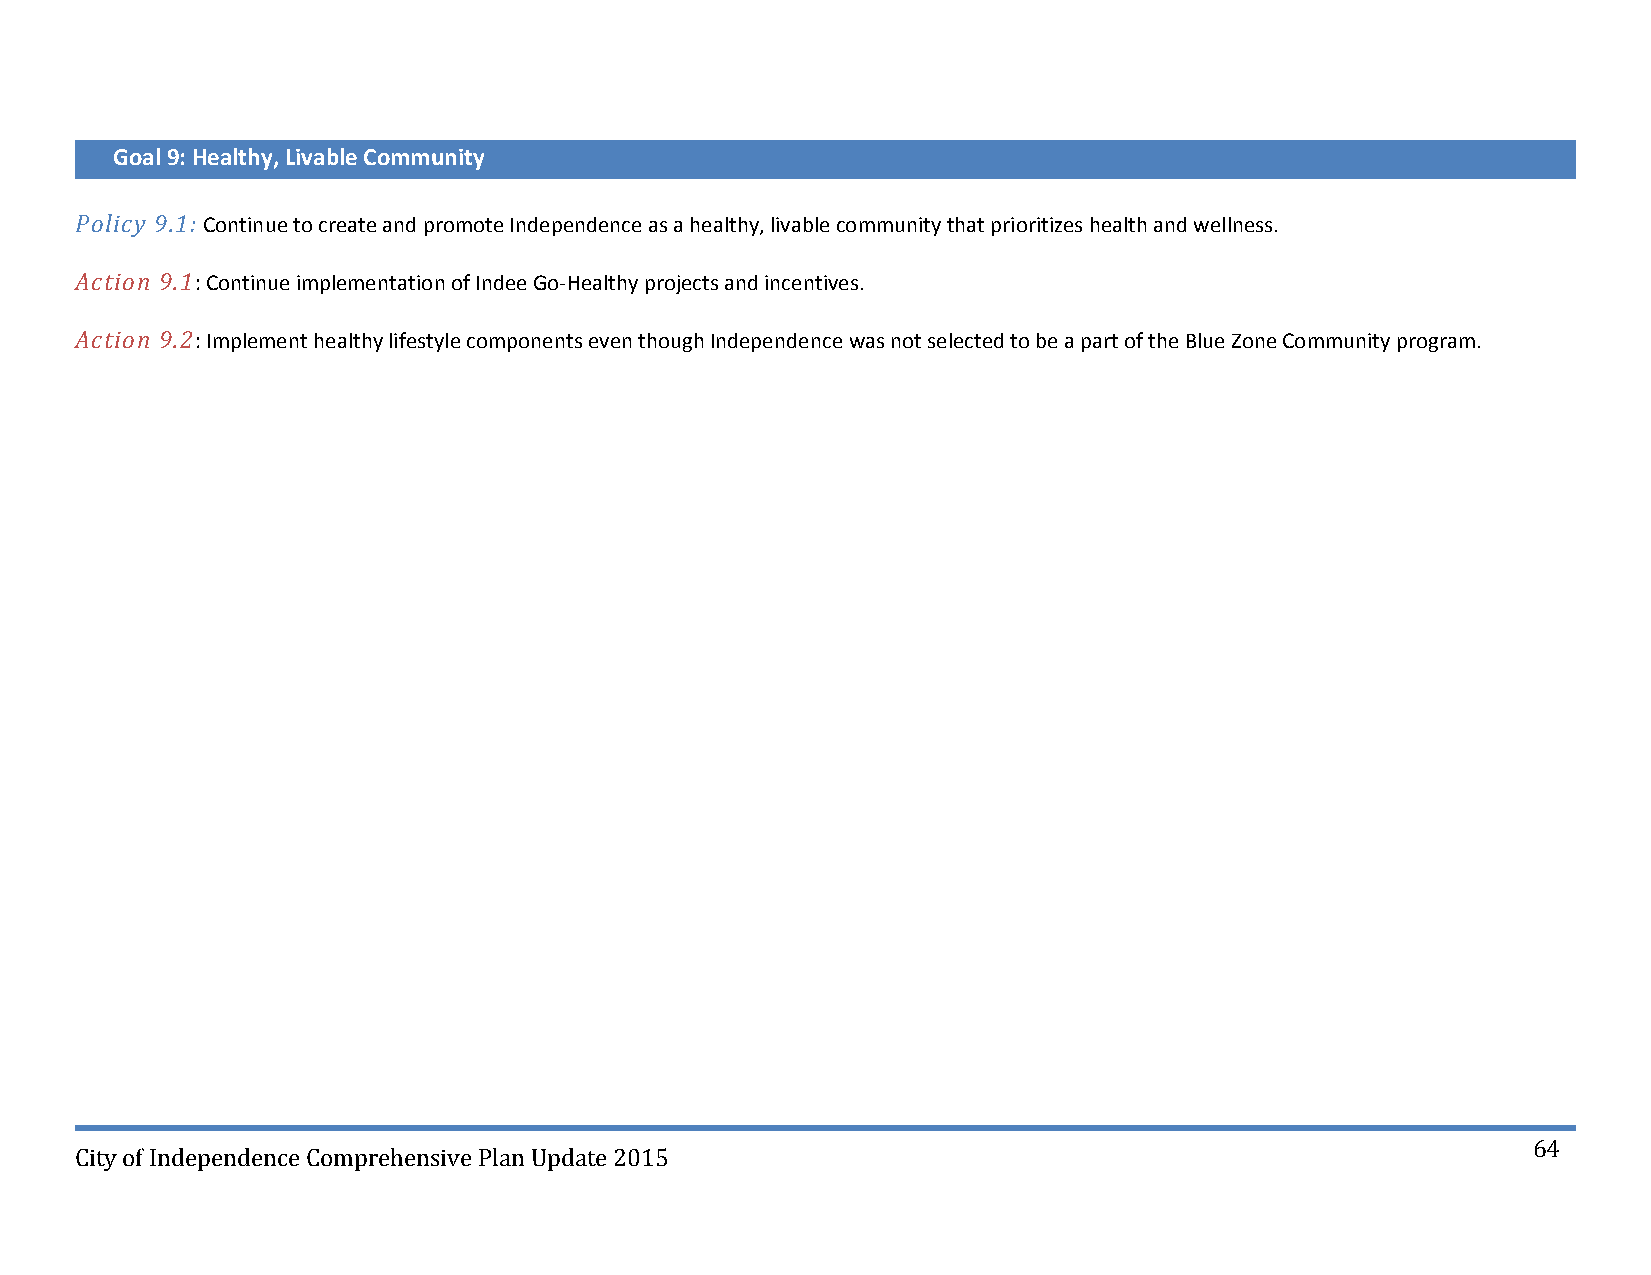
Goal 9: Healthy, Livable Community
 Policy 9.1: Continue to create and promote Independence as a healthy, livable community that prioritizes health and wellness.
 Action 9.1: Continue implementation of Indee Go‐Healthy projects and incentives.
 Action 9.2: Implement healthy lifestyle components even though Independence was not selected to be a part of the Blue Zone Community program.
 64
 City of Independence Comprehensive Plan Update 2015